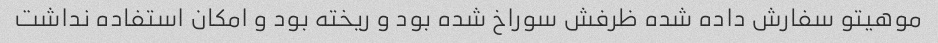
موهیتو سفارش داده شده ظرفش سوراخ شده بود و ریخته بود و امکان استفاده نداشت